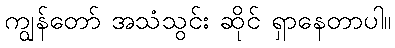
ကျွန်တော် အသံသွင်း ဆိုင် ရှာနေတာပါ။